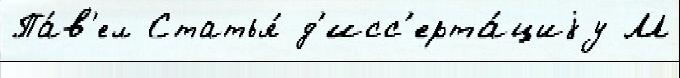
Па́в'ел Статья́ д'исс'ерта́циjу М